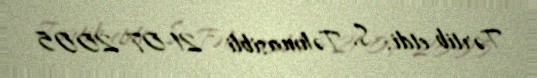
Tərtib etdi: S. Təhmasibli - 21-07-2005